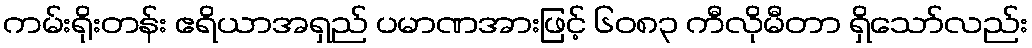
ကမ်းရိုးတန်း ဧရိယာအရှည် ပမာဏအားဖြင့် ၆၀၈၃ ကီလိုမီတာ ရှိသော်လည်း